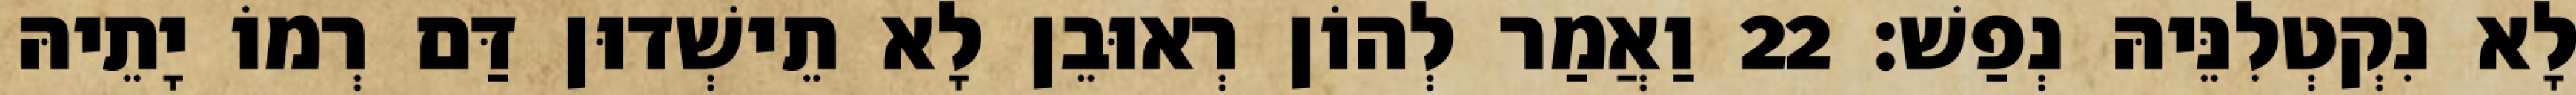
לָא נִקְטְלִנֵּיהּ נְפַשׁ׃ 22 וַאֲמַר לְהוֹן רְאוּבֵן לָא תֵישְׁדוּן דַּם רְמוֹ יָתֵיהּ